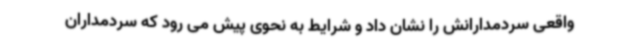
واقعی سردمدارانش را نشان داد و شرایط به نحوی پیش می رود که سردمداران